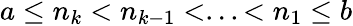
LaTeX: a\leq n_{k}<n_{k-1}<...<n_{1}\leq b